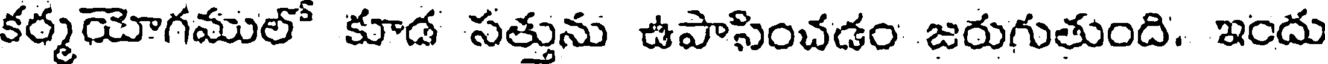
కర్మయోగములో కూడ సత్తును ఉపాసించడం జరుగుతుంది. ఇందు